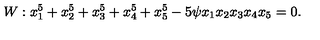
W : x _ { 1 } ^ { 5 } + x _ { 2 } ^ { 5 } + x _ { 3 } ^ { 5 } + x _ { 4 } ^ { 5 } + x _ { 5 } ^ { 5 } - 5 \psi x _ { 1 } x _ { 2 } x _ { 3 } x _ { 4 } x _ { 5 } = 0 .